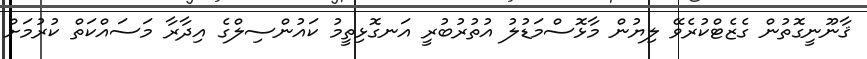
ޤާނޫނީގޮތުން ގެޒެޓްކުރެވޭ ލިޔުން މާޅޮސްމަޑުލު އުތުރުބުރީ އަނގޮޅިތީމު ކައުންސިލްގެ އިދާރާ މަސައްކަތް ކުރުމަށް